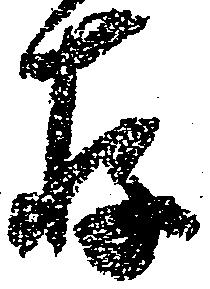
存